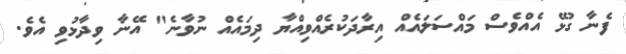
ފެނާ ގުޅޭ އެއްވެސް މައްސަލައެއް އިރާދަކުރެއްވިއްޔާ ދިމައެއް ނުވާނެ" އޭނާ ވިދާޅުވި އެވެ.